Lunatic asylums in Bengal annual reports 1888-1898 - 1888-1898
Year: 1888
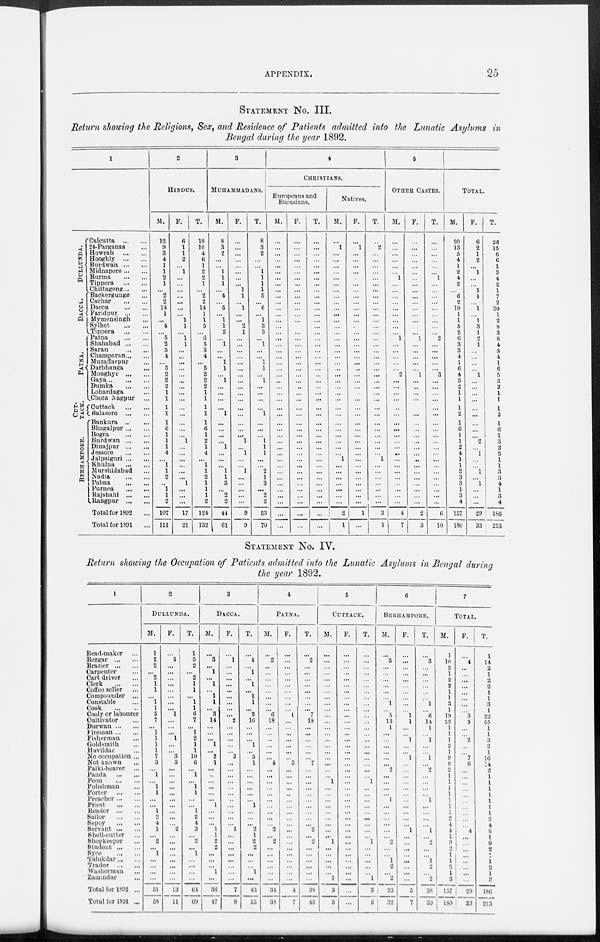
APPENDIX.
25
STATEMENT No. III.
Return showing the Religions, Sex, and Residence of Patients admitted into the Lunatic Asylums in
Bengal during the year 1892.
1
DULLUNDA.
DACCA.
PATNA.
CUT-
TACK.
BERHAMPORE.
Calcutta
...
...
24-Parganas ...
Howrah
...
...
Hooghly
...
...
Burdwan ... ...
Midnapore ... ...
Burma
...
...
Tippera
...
...
Chittagong ... ...
Backergunge ...
Cachar
...
...
Dacca
...
...
Faridpur
...
...
Mymensingh ...
Sylhet
...
...
Tippera
...
...
Patna
...
...
Shahabad ... ...
Saran
...
...
Champaran ... ...
Muzaffarpur ...
Darbhanga ...
Monghyr
...
...
Gaya ... ... ...
Dumka
...
...
Lohardaga ...
Chota Nagpur ...
Cuttack
...
...
Balasore
...
...
Bankura ... ...
Bhagalpur ... ...
Bogra
...
...
Burdwan ... ...
Dinajpur
...
...
Jessore
...
...
Jalpaiguri ... ...
Khulna
...
...
Murshidabad ...
Nadia
...
...
Pabna
...
...
Purnea
...
...
Rajshahi
...
...
Rangpur
...
...
Total for 1892 ...
Total for 1891 ...
2
HINDUS.
M.
12
9
3
4
1
1
2
1
...
2
2
14
1
...
4
...
5
2
3
4
...
5
2
2
2
1
1
1
1
1
6
1
1
1
4
...
1
1
2
...
1
1
2
107
111
F.
6
1
1
2
...
1
...
...
...
...
...
...
...
1
1
...
1
1
...
...
...
...
...
...
...
...
...
...
...
...
...
...
1
...
...
...
...
...
...
1
...
...
...
17
21
T.
18
10
4
6
1
2
2
1
...
2
2
14
1
1
5
...
6
3
3
4
...
5
2
2
2
1
1
1
1
1
6
1
2
1
4
...
1
1
2
1
1
1
2
124
132
3
MUHAMMADANS.
M.
8
3
2
...
...
1
1
1
...
4
...
5
...
1
1
2
...
1
...
...
1
1
...
1
...
...
...
...
1
...
...
...
...
1
...
...
...
1
1
3
...
2
2
44
61
F.
...
...
...
...
...
...
...
...
1
1
...
1
...
...
2
1
...
...
...
...
...
...
...
...
...
...
...
...
...
...
...
...
1
...
1
...
...
1
...
...
...
...
...
9
9
T.
8
3
2
...
...
1
1
1
1
5
...
6
...
1
3
3
...
1
...
...
1
1
...
1
...
...
...
...
1
...
...
...
1
1
1
...
...
2
1
3
...
2
2
53
70
4
CHRISTIANS.
Europeans and
Eurasians.
M.
...
...
...
...
...
...
...
...
...
...
...
...
...
...
...
...
...
...
...
...
...
...
...
...
...
...
...
...
...
...
...
...
...
...
...
...
...
...
...
...
...
...
...
...
...
F.
...
...
...
...
...
...
...
...
...
...
...
...
...
...
...
...
...
...
...
...
...
...
...
...
...
...
...
...
...
...
...
...
...
...
...
...
...
...
...
...
...
...
...
...
...
T.
...
...
...
...
...
...
...
...
...
...
...
...
...
...
...
...
...
...
...
...
...
...
...
...
...
...
...
...
...
...
...
...
...
...
...
...
...
...
...
...
...
...
...
...
...
Natives.
M.
...
1
...
...
...
...
...
...
...
...
...
...
...
...
...
...
...
...
...
...
...
...
...
...
...
...
...
...
...
...
...
...
...
...
...
1
...
...
...
...
...
...
...
2
1
F.
...
1
...
...
...
...
...
...
...
...
...
...
...
...
...
...
...
...
...
...
...
...
...
...
...
...
...
...
...
...
...
...
...
...
...
...
...
...
...
...
...
...
...
1
...
T.
...
2
...
...
...
...
...
...
...
...
...
...
...
...
...
...
...
...
...
...
...
...
...
...
...
...
...
...
...
...
...
...
...
...
...
1
...
...
...
...
...
...
...
3
1
5
OTHER CASTES.
M.
...
...
...
...
...
...
1
...
...
...
...
...
...
...
...
...
1
...
...
...
...
...
2
...
...
...
...
...
...
...
...
...
...
...
...
...
...
...
...
...
...
...
...
4
7
F.
...
...
...
...
...
...
...
...
...
...
...
...
...
...
...
...
1
...
...
...
...
...
1
...
...
...
...
...
...
...
...
...
...
...
...
...
...
...
...
...
...
...
...
2
3
T.
...
...
...
...
...
...
1
...
...
...
...
...
...
...
...
...
2
...
...
...
...
...
3
...
...
...
...
...
...
...
...
...
...
...
...
...
...
...
...
...
...
...
...
6
10
TOTAL.
M.
20
13
5
4
1
2
4
2
...
6
2
19
1
1
5
2
6
3
3
4
1
6
4
3
2
1
1
1
2
1
6
1
1
2
4
1
1
2
3
3
1
3
4
157
180
F.
6
2
1
2
...
1
...
...
1
1
...
1
...
1
3
1
2
1
...
...
...
...
1
...
...
...
...
...
...
...
...
...
2
...
1
...
...
1
...
1
...
...
...
29
33
T.
26
15
6
6
1
3
4
2
1
7
2
20
1
2
8
3
8
4
3
4
1
6
5
3
2
1
1
1
2
1
6
1
3
2
5
1
1
3
3
4
1
3
4
186
213
STATEMENT No. IV.
Return showing the Occupation of Patients admitted into the Lunatic Asylums in Bengal during
the year 1892.
1
Bead-maker ...
Beggar ... ...
Brazier ... ...
Carpenter ...
Cart driver ...
Clerk
...
...
Coffee seller ...
Compounder ...
Constable ...
Cook
...
...
Cooly or labourer
Cultivator ...
Durwan ... ...
Fireman ... ...
Fisherman ...
Goldsmith ...
Havildar ...
No occupation ...
Not known ...
Palki-bearer ...
Panda
...
...
Peon
...
...
Polishman ...
Porter
...
...
Preacher ... ...
Priest
...
...
Reader
...
...
Sailor
...
...
Sepoy
...
...
Servant ... ...
Shell-cutter ...
Shopkeeper ...
Student ... ...
Syce
...
...
Talukdar ... ...
Trader
...
...
Washerman ...
Zamindar ...
Total for 1892 ...
Total for 1891 ...
2
DULLUNDA.
M.
1
2
2
...
2
1
1
...
1
1
5
7
...
1
1
1
1
7
3
...
1
...
1
1
...
...
1
2
4
1
...
2
...
1
...
...
...
...
51
58
F.
...
3
...
...
...
...
...
...
...
...
1
...
...
...
1
...
...
3
3
...
...
...
...
...
...
...
...
...
...
2
...
...
...
...
...
...
...
...
13
11
T.
1
5
2
...
2
1
1
...
1
1
6
7
...
1
2
1
1
10
6
...
1
...
1
1
...
...
1
2
4
3
...
2
...
1
...
...
...
...
64
69
3
DACCA.
M.
...
3
...
1
...
1
...
1
1
...
3
14
...
...
...
1
...
2
1
...
...
...
...
...
...
1
...
...
...
1
1
2
2
...
...
...
1
...
36
47
F.
...
1
...
...
...
...
...
...
...
...
...
2
...
...
...
...
...
3
...
...
...
...
...
...
...
...
...
...
...
1
...
...
...
...
...
...
...
...
7
8
T.
...
4
...
1
...
1
...
1
1
...
3
16
...
...
...
1
...
5
1
...
...
...
...
...
...
1
...
...
...
2
1
2
2
...
...
...
1
...
43
55
4
PATNA.
M.
...
2
...
...
...
...
...
...
...
...
6
18
...
...
...
...
...
...
4
...
...
...
...
...
...
...
...
...
...
2
...
2
...
...
...
...
...
...
34
38
F.
...
...
...
...
...
...
...
...
...
...
1
...
...
...
...
...
...
...
3
...
...
...
...
...
...
...
...
...
...
...
...
...
...
...
...
...
...
...
4
7
T.
...
2
...
...
...
...
...
...
...
...
7
18
...
...
...
...
...
...
7
...
...
...
...
...
...
...
...
...
...
2
...
2
...
...
...
...
...
...
38
45
5
CUTTACK.
M.
...
...
...
...
...
...
...
...
...
...
...
...
...
...
...
...
...
...
...
...
...
1
...
...
...
...
...
...
...
...
...
1
...
...
...
...
...
1
3
5
F.
...
...
...
...
...
...
...
...
...
...
...
...
...
...
...
...
...
...
...
...
...
...
...
...
...
...
...
...
...
...
...
...
...
...
...
...
...
...
...
...
T.
...
...
...
...
...
...
...
...
...
...
...
...
...
...
...
...
...
...
...
...
...
1
...
...
...
...
...
...
...
...
...
1
...
...
...
...
...
1
3
5
6
BERHAMPORE.
M.
...
3
...
...
...
...
...
...
1
...
5
13
1
...
...
...
...
...
...
2
...
...
...
...
1
...
...
...
...
...
...
2
...
...
1
2
...
2
33
32
F.
...
...
...
...
...
...
...
...
...
...
1
1
...
...
1
...
...
1
...
...
...
...
...
...
...
...
...
...
...
1
...
...
...
...
...
...
...
...
5
7
T.
...
3
...
...
...
...
...
...
1
...
6
14
1
...
1
...
...
1
...
2
...
...
...
...
1
...
...
...
...
1
...
2
...
...
1
2
...
2
38
39
7
TOTAL.
M.
1
10
2
1
2
2
1
1
3
1
19
52
1
1
1
2
1
9
8
2
1
1
1
1
1
1
1
2
4
4
1
9
2
1
1
2
1
3
157
180
F.
...
4
...
...
...
...
...
...
...
...
3
3
...
...
2
...
...
7
6
...
...
...
...
...
...
...
...
...
...
4
...
...
...
...
...
...
...
...
29
33
T.
1
14
2
1
2
2
1
1
3
1
22
55
1
1
3
2
1
16
14
2
1
1
1
1
1
1
1
2
4
8
1
9
2
1
1
2
1
3
186
213